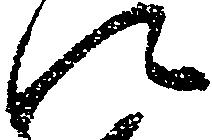
に